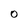
Character: 0